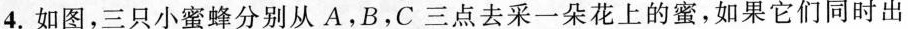
4.如图，三只小蜜蜂分别从A.B，C三点去采一朵花上的蜜，如果它们同时出